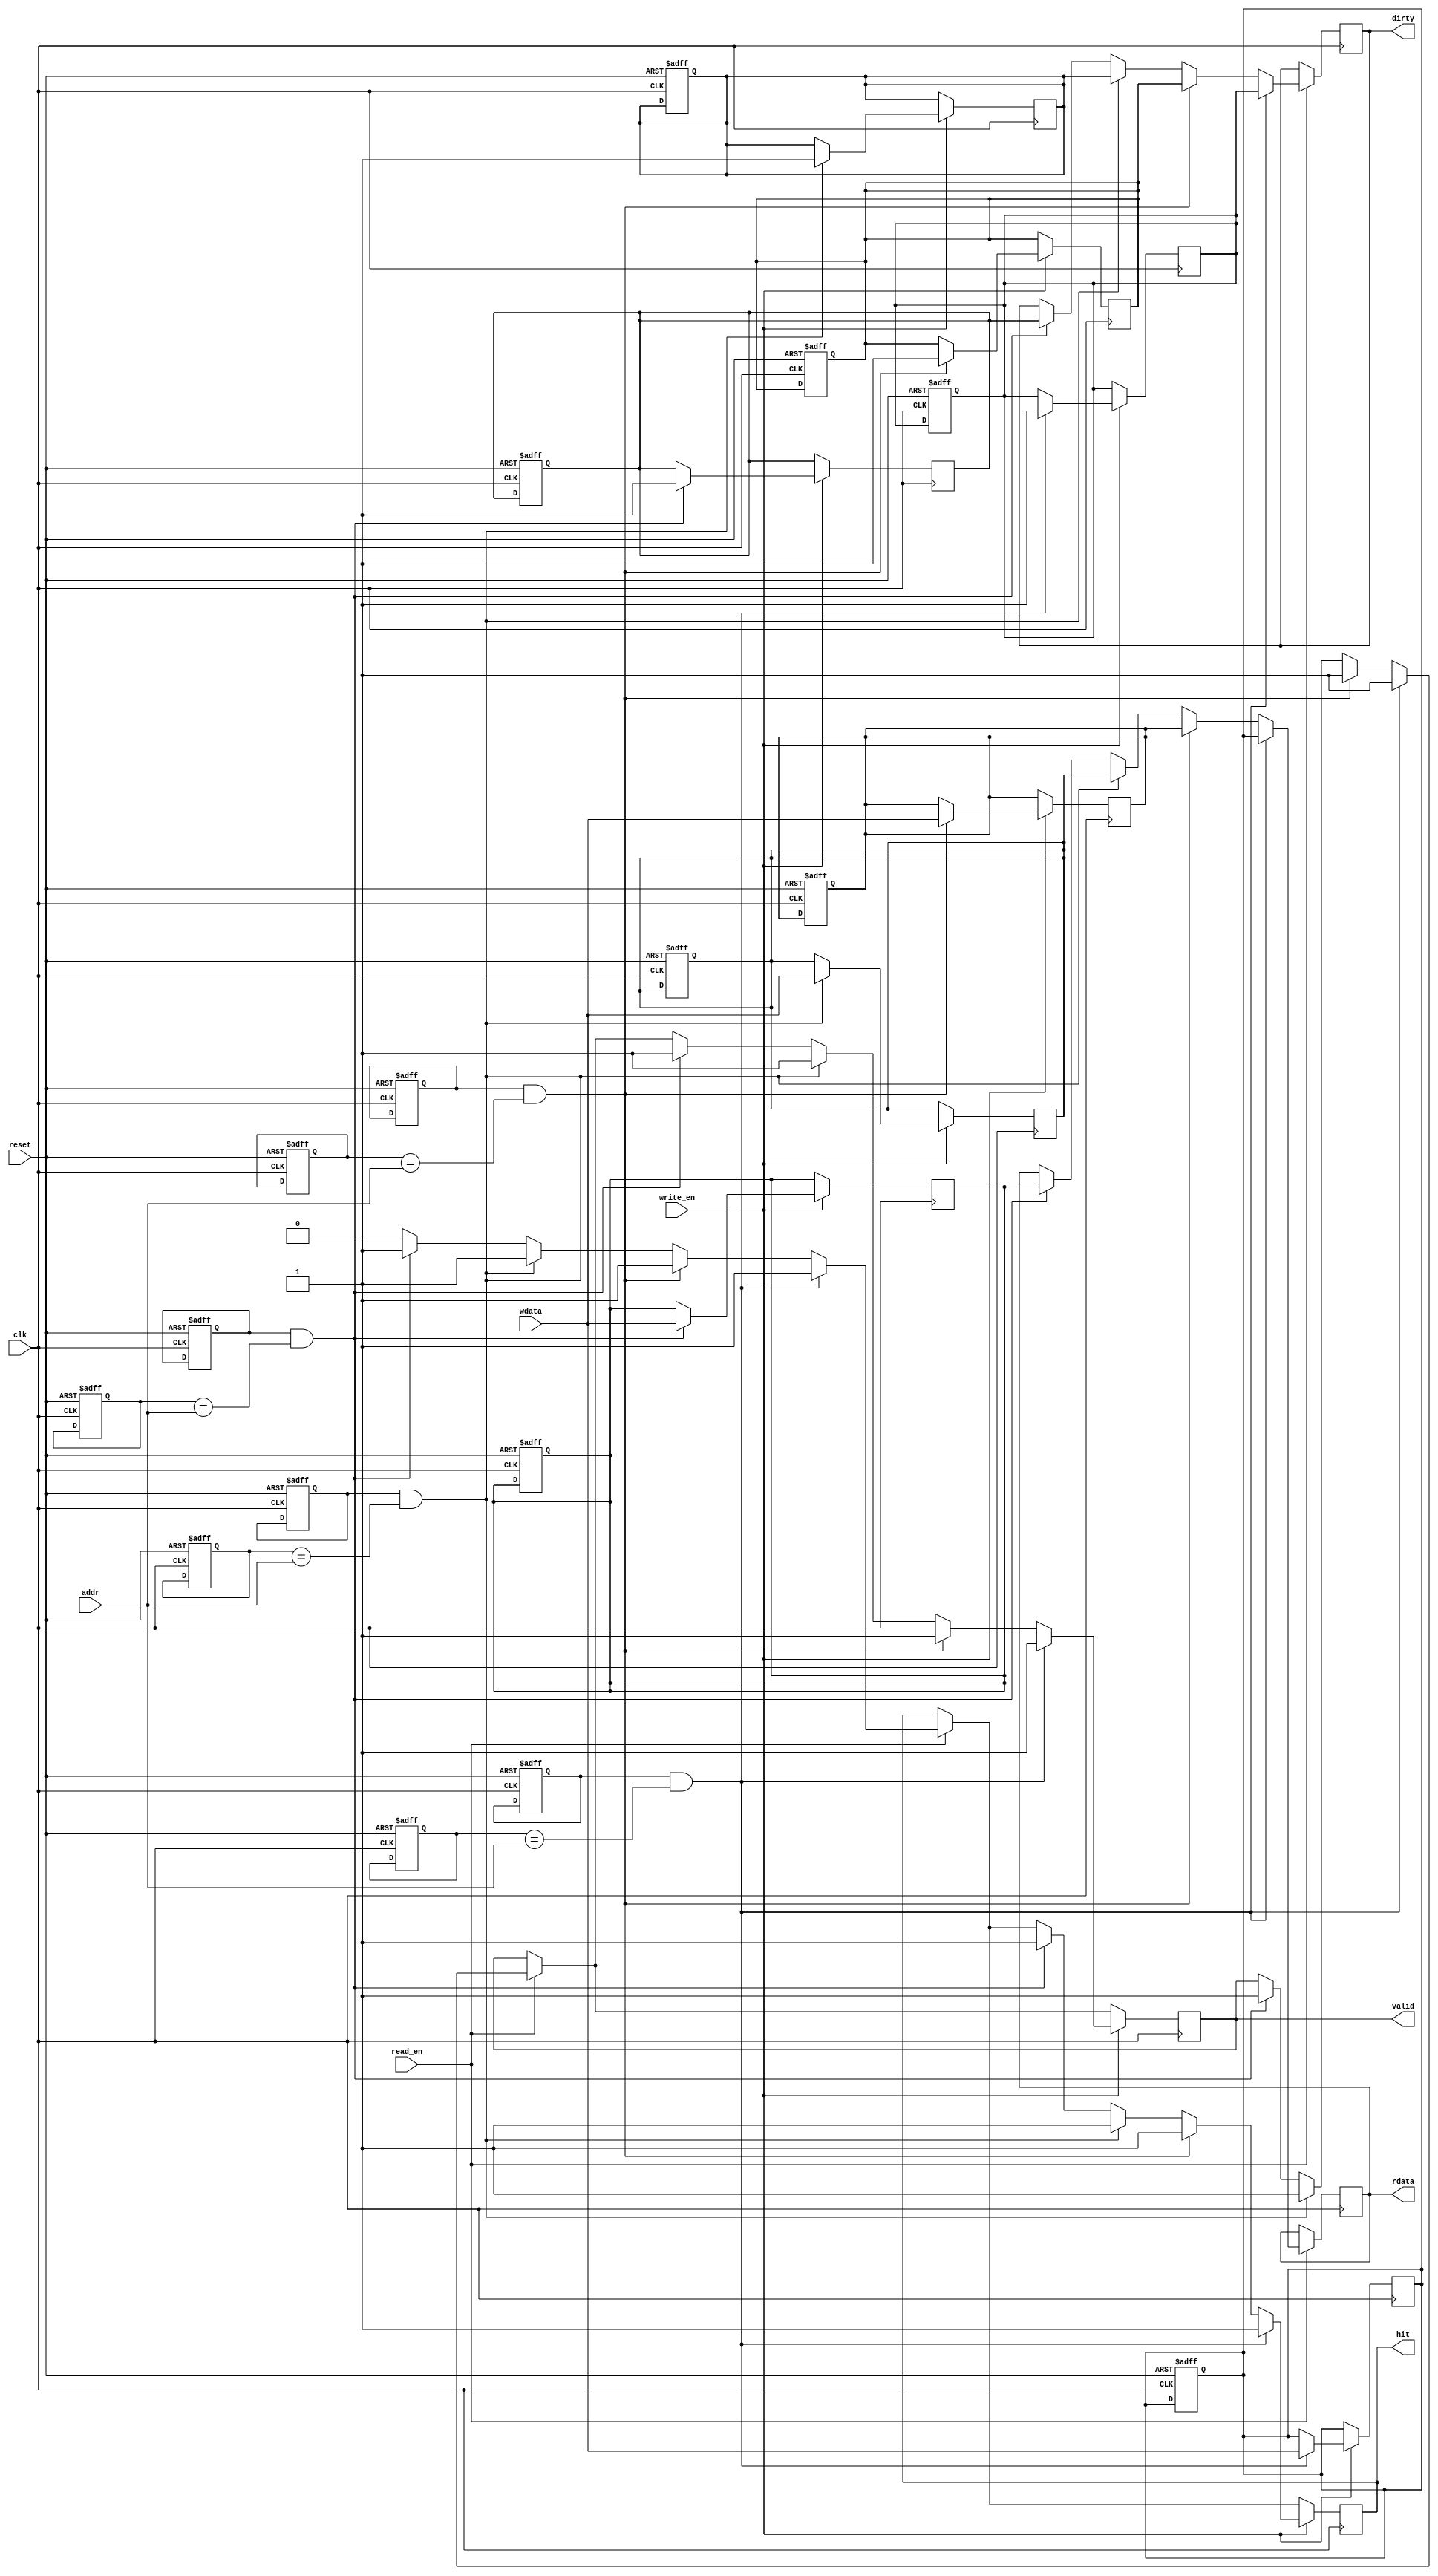
module UnifiedCache #(
    parameter CACHE_SIZE = 256,       // Total cache size in bytes
    parameter BLOCK_SIZE = 32,         // Block size in bytes
    parameter NUM_SETS = CACHE_SIZE / BLOCK_SIZE, // Number of sets
    parameter ASSOCIATIVITY = 4,       // 4-way set associative
    parameter ADDR_WIDTH = 32           // Address width
)(
    input wire clk,
    input wire reset,
    input wire [ADDR_WIDTH-1:0] addr,  // Address for read/write
    input wire [BLOCK_SIZE-1:0] wdata,  // Write data
    input wire read_en,                  // Read enable
    input wire write_en,                 // Write enable
    output reg [BLOCK_SIZE-1:0] rdata,  // Read data
    output reg hit,                      // Cache hit signal
    output reg valid,                    // Valid signal
    output reg dirty                     // Dirty signal
);

    localparam NUM_BLOCKS = NUM_SETS * ASSOCIATIVITY;

    // Cache line structure
    reg [ADDR_WIDTH-1:0] tags[NUM_BLOCKS-1:0];  // Tags for each cache line
    reg [BLOCK_SIZE-1:0] data[NUM_BLOCKS-1:0];  // Data storage for each cache line
    reg valid_bits[NUM_BLOCKS-1:0];              // Valid bits for each cache line
    reg dirty_bits[NUM_BLOCKS-1:0];              // Dirty bits for each cache line

    // Cache index and tag extraction
    wire [ADDR_WIDTH-1:0] index = addr[ADDR_WIDTH-1:0]; // Simplified for example
    wire [ADDR_WIDTH-1:0] tag = addr[ADDR_WIDTH-1:0];   // Simplified for example

    integer i;

    // Cache initialization
    always @(posedge clk or posedge reset) begin
        if (reset) begin
            for (i = 0; i < NUM_BLOCKS; i = i + 1) begin
                valid_bits[i] <= 0;
                dirty_bits[i] <= 0;
                tags[i] <= 0;
                data[i] <= 0;
            end
        end
    end

    // Cache access mechanism
    always @(posedge clk) begin
        if (read_en) begin
            hit <= 0;
            for (i = 0; i < ASSOCIATIVITY; i = i + 1) begin
                if (valid_bits[i] && (tags[i] == tag)) begin
                    rdata <= data[i];
                    hit <= 1;
                    valid <= 1;
                    dirty <= dirty_bits[i];
                end
            end
            if (!hit) begin
                // Handle cache miss (load data from memory)
                // This part of the code should implement the logic to load data
                // from the main memory into the cache.
            end
        end

        if (write_en) begin
            // Write operation
            for (i = 0; i < ASSOCIATIVITY; i = i + 1) begin
                if (valid_bits[i] && (tags[i] == tag)) begin
                    data[i] <= wdata;
                    dirty_bits[i] <= 1; // Mark as dirty
                    valid <= 1;
                    hit <= 1;
                end
            end
            if (!hit) begin
                // Handle cache miss for write (load data from memory and update)
                // This part of the code should implement the logic to load data
                // from the main memory into the cache, then write the new data.
            end
        end
    end
endmodule